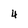
Character: 4